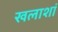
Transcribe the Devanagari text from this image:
खलाशां